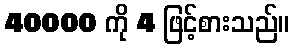
40000 ကို 4 ဖြင့်စားသည်။